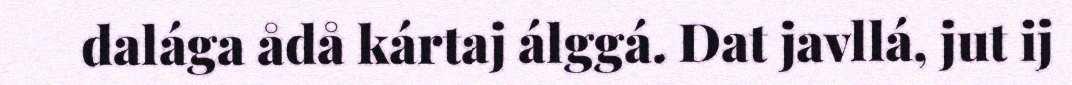
dalága ådå kártaj álggá. Dat javllá, jut ij